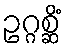
ဥဂ္ဂစ္ဆိံ